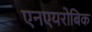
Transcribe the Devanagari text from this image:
एनएयरोबिक